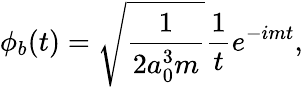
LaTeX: \phi_{b}(t)=\sqrt{\frac{1}{2a_{0}^{3}m}}\frac{1}{t}e^{-imt},